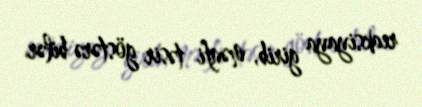
reaksiyaya girib, mənfi təsir göstərə bilər.